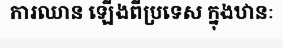
ការឈាន ឡើងពីប្រទេស ក្នុងឋានៈ